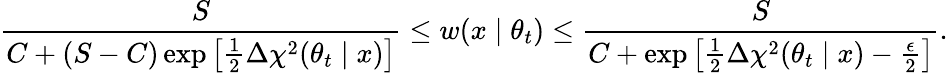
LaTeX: \frac{S}{C+(S-C)\exp\big[\frac{1}{2}\Delta\chi^{2}(\theta_{t}\mid x)\big]}\le w(x\mid\theta_{t})\le\frac{S}{C+\exp\big[\frac{1}{2}\Delta\chi^{2}(\theta_{t}\mid x)-\frac{\epsilon}{2}\big]}.